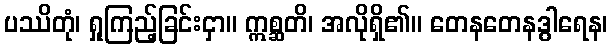
ပဿိတုံ၊ ရှုကြည့်ခြင်းငှာ။ ဣစ္ဆတိ၊ အလိုရှိ၏။ တေနတေနဒွါရေန၊